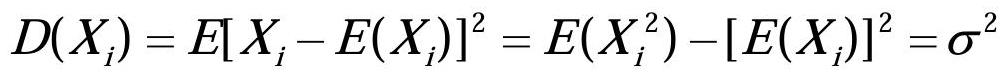
\[
D(X_{i}) = E[X_{i}-E(X_{i})]^{2}=E(X_{i}^{2}) - [E(X_{i})]^{2}=\sigma^{2}
\]